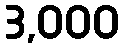
3,000